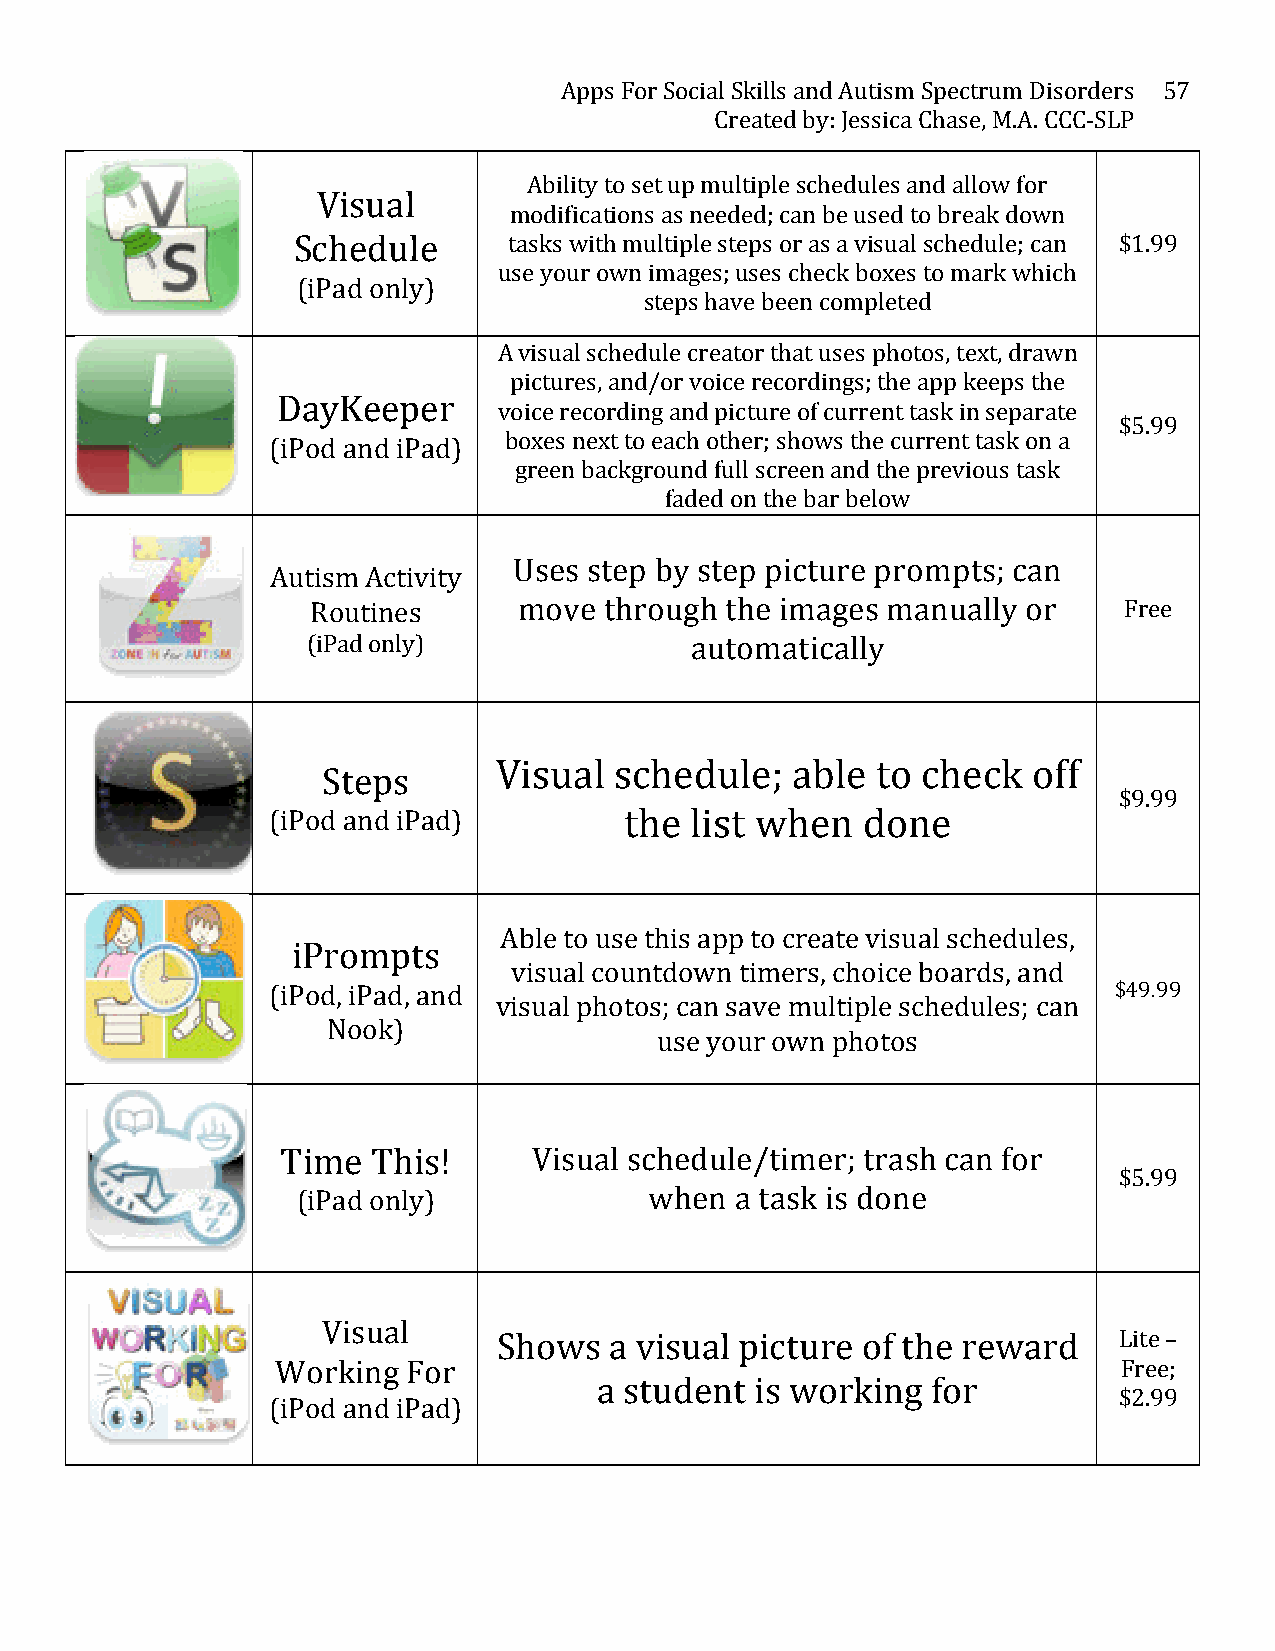
Apps For Social Skills and Autism Spectrum Disorders 57
 Created by: Jessica Chase, M.A. CCC-­‐SLP
 Ability to set up multiple schedules and allow for
 Visual
 modifications as needed; can be used to break down
 Schedule       tasks with multiple steps or as a visual schedule; can $1.99
 use your own images; uses check boxes to mark which
 (iPad only)
 steps have been completed
 A visual schedule creator that uses photos, text, drawn
 pictures, and/or voice recordings; the app keeps the
 DayKeeper
 voice recording and picture of current task in separate
 $5.99
 (iPod and iPad) boxes next to each other; shows the current task on a
 green background full screen and the previous task
 faded on the bar below
 Uses step by step picture prompts; can
 Autism Activity
 Routines     move  through the images manually or    Free
 (iPad only)               automatically
 Visual  schedule;  able  to check  off
 Steps
 $9.99
 (iPod and iPad)        the  list when  done
 Able to use this app to create visual schedules,
 iPrompts
 visual countdown timers, choice boards, and
 (iPod, iPad, and                                        $49.99
 visual photos; can save multiple schedules; can
 Nook)
 use your own photos
 Time  This!     Visual schedule/timer; trash can for
 $5.99
 (iPad only)            when  a task is done
 Visual
 Shows  a visual picture of the reward    Lite –
 Working  For                                            Free;
 a student is working  for
 $2.99
 (iPod and iPad)